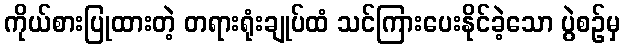
ကိုယ်စားပြုထားတဲ့ တရားရုံးချုပ်ထံ သင်ကြားပေးနိုင်ခဲ့သော ပွဲစဉ်မှ